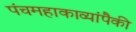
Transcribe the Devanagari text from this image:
पंचमहाकाव्यांपैकी